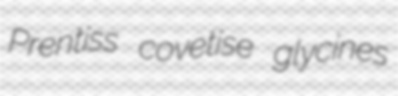
Prentiss covetise glycines